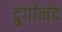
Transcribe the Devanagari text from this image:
दुर्गानंद